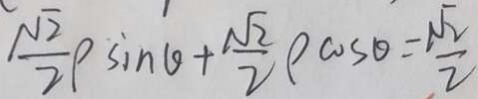
\frac { \sqrt { 2 } } { 2 } \rho \sin \theta + \frac { \sqrt { 2 } } { 2 } \rho \cos \theta = \frac { \sqrt { 2 } } { 2 }